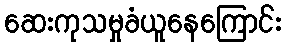
ဆေးကုသမှုခံယူနေကြောင်း